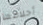
أحلامها